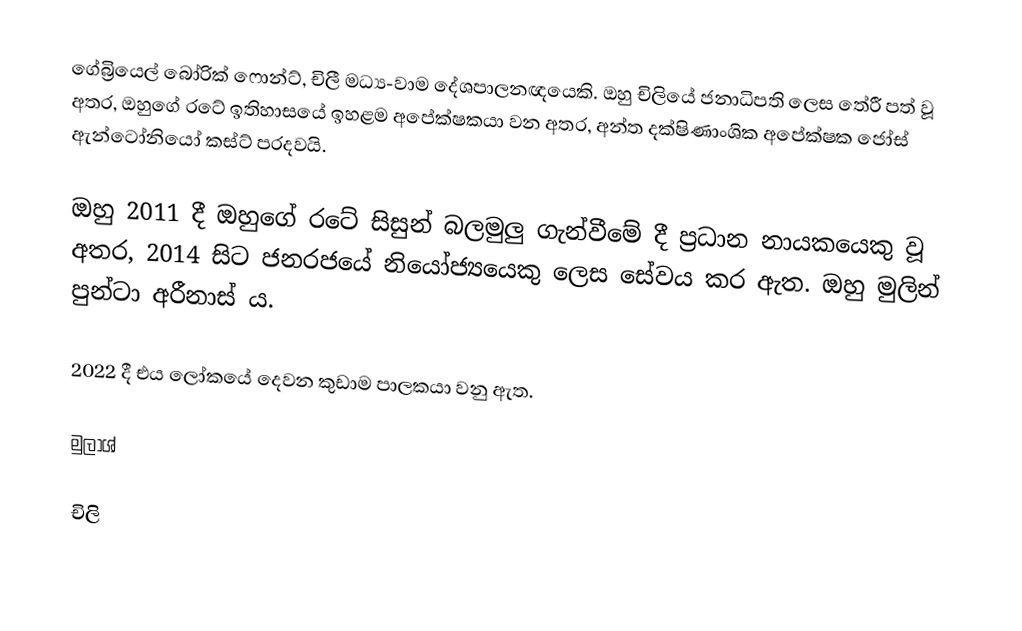
ගේබ්‍රියෙල් බෝරික් ෆොන්ට්, චිලී මධ්‍ය-වාම දේශපාලනඥයෙකි. ඔහු චිලියේ ජනාධිපති ලෙස තේරී පත් වූ අතර, ඔහුගේ රටේ ඉතිහාසයේ ඉහළම අපේක්ෂකයා වන අතර, අන්ත දක්ෂිණාංශික අපේක්ෂක ජෝස් ඇන්ටෝනියෝ කස්ට් පරදවයි.

ඔහු 2011 දී ඔහුගේ රටේ සිසුන් බලමුලු ගැන්වීමේ දී ප්‍රධාන නායකයෙකු වූ අතර, 2014 සිට ජනරජයේ නියෝජ්‍යයෙකු ලෙස සේවය කර ඇත. ඔහු මුලින් පුන්ටා අරීනාස් ය.

2022 දී එය ලෝකයේ දෙවන කුඩාම පාලකයා වනු ඇත.

මුලාශ්‍

චිලි